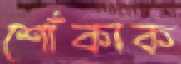
শোঁকাক